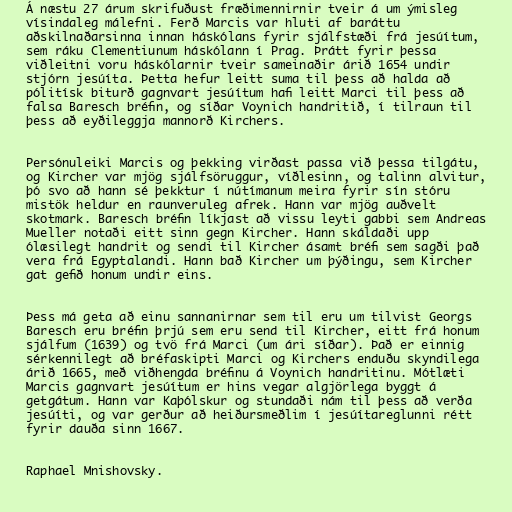
Á næstu 27 árum skrifuðust fræðimennirnir tveir á um ýmisleg
vísindaleg málefni. Ferð Marcis var hluti af baráttu
aðskilnaðarsinna innan háskólans fyrir sjálfstæði frá jesúítum,
sem ráku Clementiunum háskólann í Prag. Þrátt fyrir þessa
viðleitni voru háskólarnir tveir sameinaðir árið 1654 undir
stjórn jesúíta. Þetta hefur leitt suma til þess að halda að
pólitísk biturð gagnvart jesúítum hafi leitt Marci til þess að
falsa Baresch bréfin, og síðar Voynich handritið, í tilraun til
þess að eyðileggja mannorð Kirchers.

Persónuleiki Marcis og þekking virðast passa við þessa tilgátu,
og Kircher var mjög sjálfsöruggur, víðlesinn, og talinn alvitur,
þó svo að hann sé þekktur í nútímanum meira fyrir sín stóru
mistök heldur en raunveruleg afrek. Hann var mjög auðvelt
skotmark. Baresch bréfin líkjast að vissu leyti gabbi sem Andreas
Mueller notaði eitt sinn gegn Kircher. Hann skáldaði upp
ólæsilegt handrit og sendi til Kircher ásamt bréfi sem sagði það
vera frá Egyptalandi. Hann bað Kircher um þýðingu, sem Kircher
gat gefið honum undir eins.

Þess má geta að einu sannanirnar sem til eru um tilvist Georgs
Baresch eru bréfin þrjú sem eru send til Kircher, eitt frá honum
sjálfum (1639) og tvö frá Marci (um ári síðar). Það er einnig
sérkennilegt að bréfaskipti Marci og Kirchers enduðu skyndilega
árið 1665, með viðhengda bréfinu á Voynich handritinu. Mótlæti
Marcis gagnvart jesúítum er hins vegar algjörlega byggt á
getgátum. Hann var Kaþólskur og stundaði nám til þess að verða
jesúíti, og var gerður að heiðursmeðlim í jesúítareglunni rétt
fyrir dauða sinn 1667.

Raphael Mnishovsky.